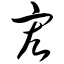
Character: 宏